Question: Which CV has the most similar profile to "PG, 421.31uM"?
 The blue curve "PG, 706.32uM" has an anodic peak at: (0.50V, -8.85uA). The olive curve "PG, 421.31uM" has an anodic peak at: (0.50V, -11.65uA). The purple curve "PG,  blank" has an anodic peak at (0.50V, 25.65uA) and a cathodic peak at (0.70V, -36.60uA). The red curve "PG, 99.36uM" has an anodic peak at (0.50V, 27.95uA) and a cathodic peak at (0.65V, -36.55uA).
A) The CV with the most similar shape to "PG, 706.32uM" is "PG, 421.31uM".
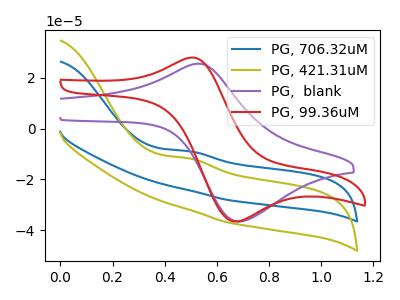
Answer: <think>All the peaks in "PG, 706.32uM" have a peak in "PG, 421.31uM" at the same potential. Every peak in "PG, 706.32uM" is higher than every peak in "PG, 421.31uM". "PG, 706.32uM" and "PG,  blank" have a different number of peaks. "PG, 706.32uM" and "PG, 99.36uM" have a different number of peaks. "PG, 421.31uM" and "PG,  blank" have a different number of peaks. "PG, 421.31uM" and "PG, 99.36uM" have a different number of peaks. All the peaks in "PG,  blank" have a peak in "PG, 99.36uM" at the same potential.
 </think>
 <answer>A) The CV with the most similar shape to "PG, 706.32uM" is "PG, 421.31uM".</answer>
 <eval>A</eval>